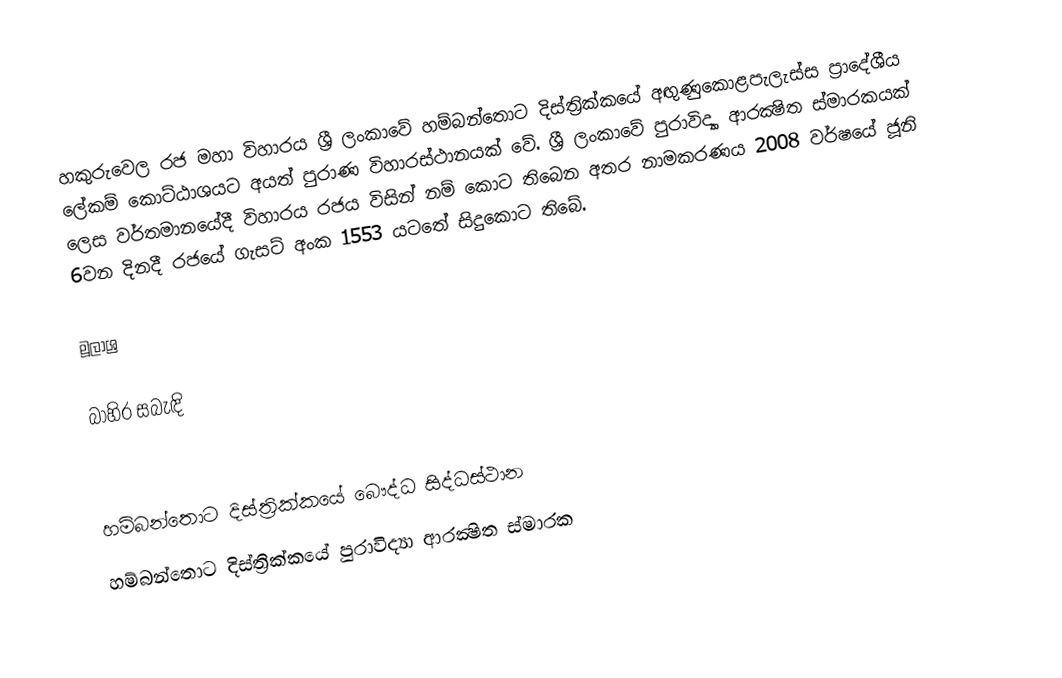
හකුරුවෙල රජ මහා විහාරය ශ්‍රී ලංකාවේ හම්බන්තොට දිස්ත්‍රික්කයේ අඟුණුකොළපැලැස්ස ප්‍රාදේශීය ලේකම් කොට්ඨාශයට අයත් පුරාණ විහාරස්ථානයක් වේ. ශ්‍රී ලංකාවේ පුරාවිද්‍යා ආරක්‍ෂිත ස්මාරකයක් ලෙස වර්තමානයේදී විහාරය රජය විසින් නම් කොට තිබෙන අතර නාමකරණය 2008 වර්ෂයේ ජූනි 6වන දිනදී රජයේ ගැසට් අංක 1553 යටතේ සිදුකොට තිබේ.

මූලාශ්‍ර

බාහිර සබැඳි

හම්බන්තොට දිස්ත්‍රික්කයේ බෞද්ධ සිද්ධස්ථාන
හම්බන්තොට දිස්ත්‍රික්කයේ පුරාවිද්‍යා ආරක්‍ෂිත ස්මාරක